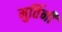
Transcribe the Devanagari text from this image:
मुर्तिनी